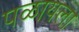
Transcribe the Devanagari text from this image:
पळायला